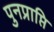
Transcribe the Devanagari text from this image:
पुनप्राप्ति